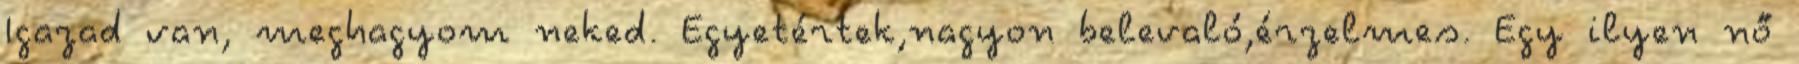
Igazad van, meghagyom neked. Egyetértek,nagyon belevaló,érzelmes. Egy ilyen nő